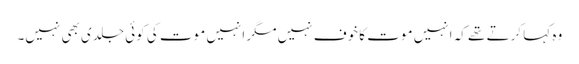
وہ کہا کرتے تھے کہ انہیں موت کا خوف نہیں مگر انہیں موت کی کوئی جلدی بھی نہیں۔